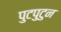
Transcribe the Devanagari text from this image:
पुटपुटुन